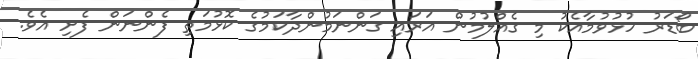
ބޯޑަރު ހުޅުވުމާއެކު މި ގެއްލުމުން އަރައި ގަންނަމުންދާކަމުގެ ކޮޅުމަތި ފެންނަން ފެށި އެވެ.